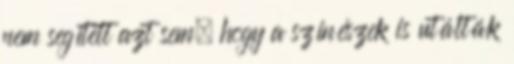
nem segített azt sem, hogy a színészek is utálták